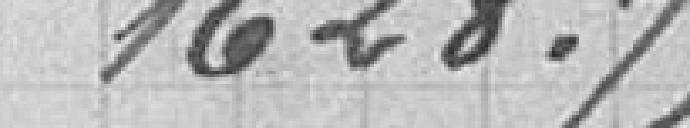
1 628,75